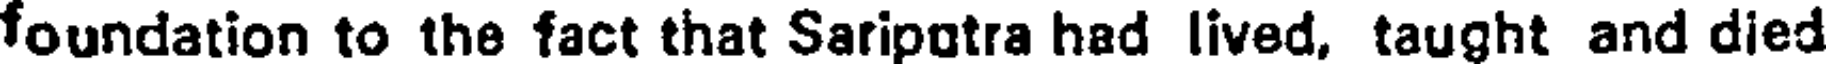
foundation to the fact that Saripotra had lived, taught and died